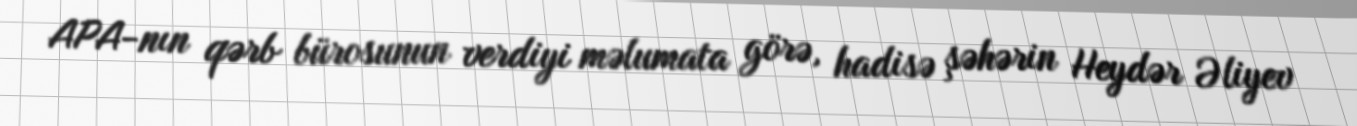
APA-nın qərb bürosunun verdiyi məlumata görə, hadisə şəhərin Heydər Əliyev